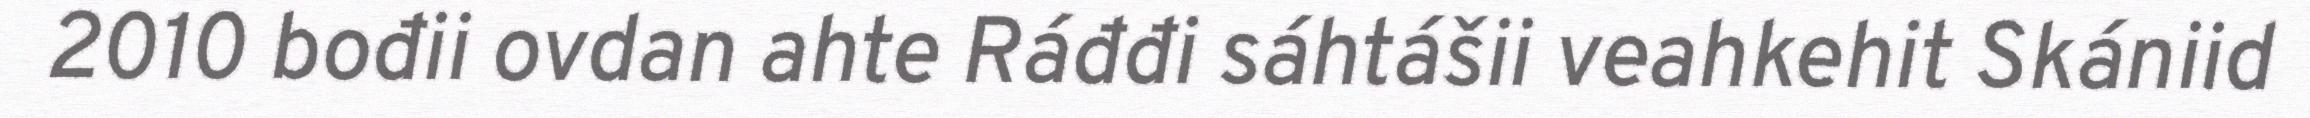
2010 bođii ovdan ahte Ráđđi sáhtášii veahkehit Skániid